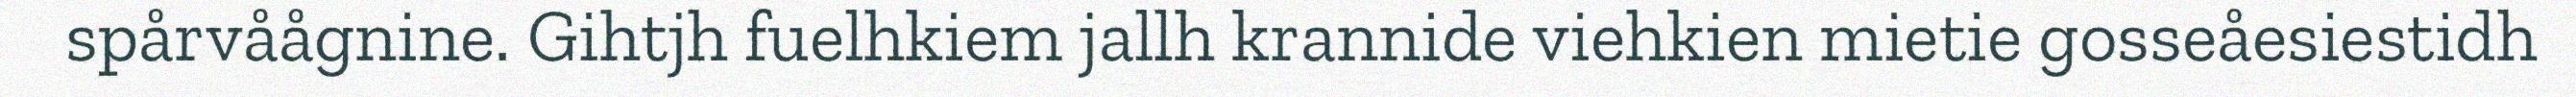
spårvåågnine. Gihtjh fuelhkiem jallh krannide viehkien mietie gosseåesiestidh